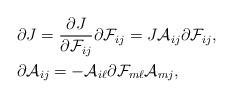
LaTeX: \begin{align*}&\partial J=\dfrac{\partial J}{\partial {\mathcal F}_{ij}}\partial {\mathcal F}_{ij} = J{\mathcal{A}}_{ij}\partial {\mathcal F}_{ij},\\&\partial {\mathcal{A}}_{ij} = -{\mathcal{A}}_{i\ell}\partial {\mathcal F}_{m\ell}{\mathcal{A}}_{mj},\end{align*}